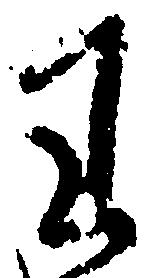
わ